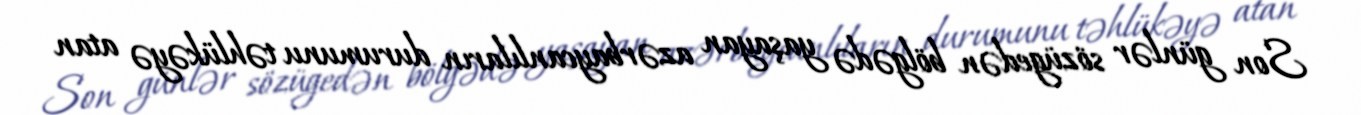
Son günlər sözügedən bölgədə yaşayan azərbaycanlıların durumunu təhlükəyə atan